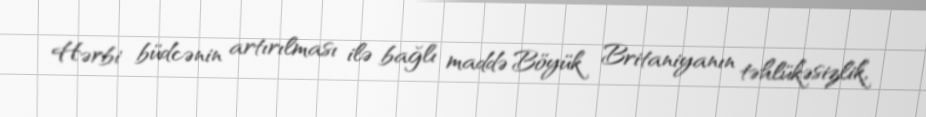
Hərbi büdcənin artırılması ilə bağlı maddə Böyük Britaniyanın təhlükəsizlik,